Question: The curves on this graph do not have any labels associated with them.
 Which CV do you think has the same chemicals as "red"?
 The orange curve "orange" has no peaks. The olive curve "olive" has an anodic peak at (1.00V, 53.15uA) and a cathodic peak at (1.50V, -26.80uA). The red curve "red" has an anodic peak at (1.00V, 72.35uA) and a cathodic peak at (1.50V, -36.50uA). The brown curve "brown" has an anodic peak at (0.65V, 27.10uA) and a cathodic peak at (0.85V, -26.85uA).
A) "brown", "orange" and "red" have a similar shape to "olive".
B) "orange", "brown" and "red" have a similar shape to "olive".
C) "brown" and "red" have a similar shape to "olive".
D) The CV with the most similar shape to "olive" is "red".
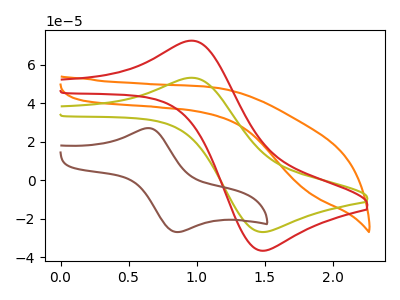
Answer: <think>"orange" and "olive" have a different number of peaks. "orange" and "red" have a different number of peaks. "orange" and "brown" have a different number of peaks. All the peaks in "olive" have a peak in "red" at the same potential. Every peak in "olive" is lower than every peak in "red". "olive" and "brown" have at least one peak that do not match. "red" and "brown" have at least one peak that do not match.
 </think>
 <answer>D) The CV with the most similar shape to "olive" is "red".</answer>
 <eval>D</eval>